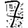
Digit: 7